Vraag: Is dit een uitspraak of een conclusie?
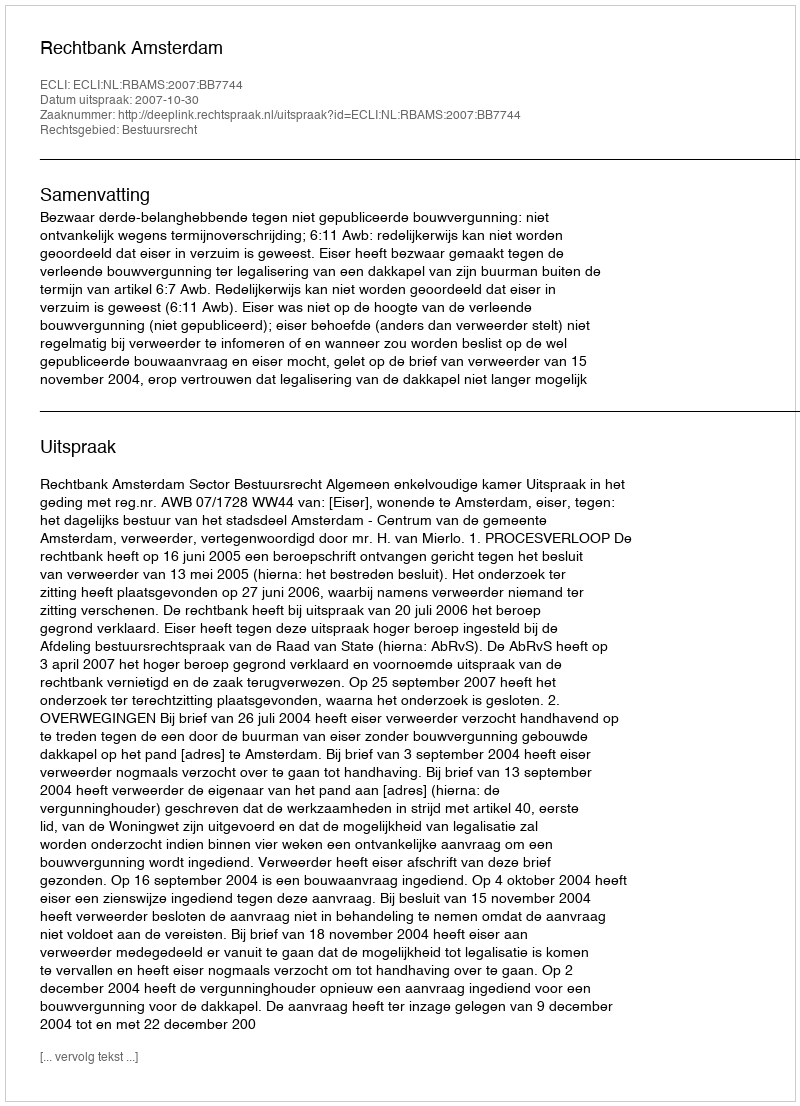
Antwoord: Uitspraak